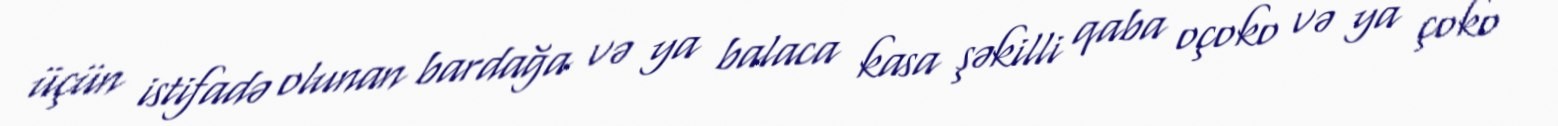
üçün istifadə olunan bardağa və ya balaca kasa şəkilli qaba oçoko və ya çoko